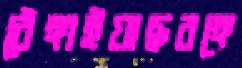
ঠেঙ্গাইয়াছবঙ্গে